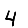
Digit: 4